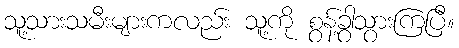
သူ့သားသမီးများကလည်း သူ့ကို စွန့်ခွာသွားကြပြီ။